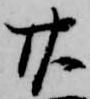
廿